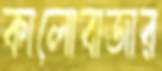
কালোবাজার